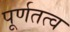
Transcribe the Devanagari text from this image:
पूर्णतत्व